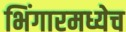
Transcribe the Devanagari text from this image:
भिंगारमध्येच